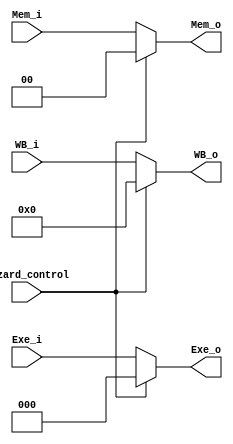
`timescale 1ns/1ps

module MUX_control(
    input [3:0] WB_i,           //4 bitMemToReg(WriteBack)  RegWite  jump
    input [1:0] Mem_i,          //2 bitMemWrite  MemRead branch branch L2
    input [2:0] Exe_i,          //3 bitALU_src *1  ALU op*2
    input       hazard_control,
    output reg [3:0] WB_o,
    output reg [1:0] Mem_o,
    output reg [2:0] Exe_o
);
/* Write your code HERE */
always @(*) begin
    if (hazard_control == 1'b1)begin // hazard0
        WB_o <= 4'b0;
        Mem_o <= 2'b0;
        Exe_o <= 3'b0;
    end
    else begin //
        WB_o <= WB_i;
        Mem_o <= Mem_i;
        Exe_o <= Exe_i;
    end
end
endmodule